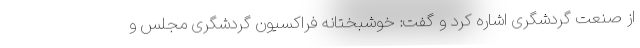
از صنعت گردشگری اشاره کرد و گفت: خوشبختانه فراکسیون گردشگری مجلس و